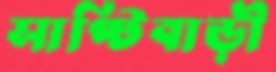
সাপ্টিবাড়ী